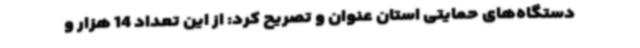
دستگاه‌های حمایتی استان عنوان و تصریح کرد: از این تعداد 14 هزار و